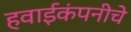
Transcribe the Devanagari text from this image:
हवाईकंपनीचे